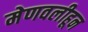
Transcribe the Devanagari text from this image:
मेणवलीहून